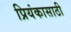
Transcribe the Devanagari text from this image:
प्रियंकासाठी